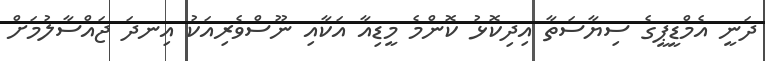
ދަނީ އެމްޑީޕީގެ ސިޔާސަތާ އިދިކޮޅު ކޮންމެ މީޑިއާ އަކާއި ނޫސްވެރިއަކު އިނދަ ޖައްސާލުމަށް